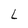
Character: L